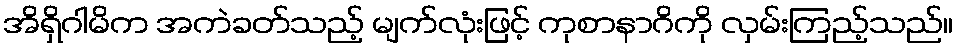
အိရှိဂါမိက အကဲခတ်သည့် မျက်လုံးဖြင့် ကုစာနာဂိကို လှမ်းကြည့်သည်။